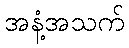
အနံ့အသက်